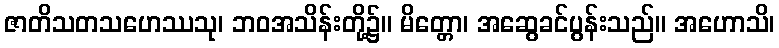
ဇာတိသတသဟေဿသု၊ ဘဝအသိန်းတို့၌။ မိတ္တော၊ အဆွေခင်ပွန်းသည်။ အဟောသိ၊